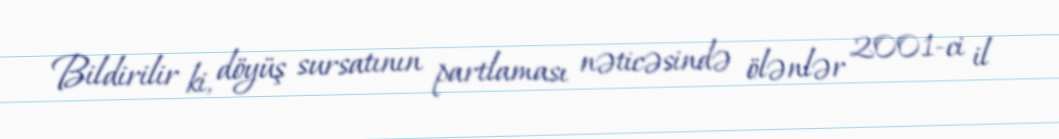
Bildirilir ki, döyüş sursatının partlaması nəticəsində ölənlər 2001-ci il